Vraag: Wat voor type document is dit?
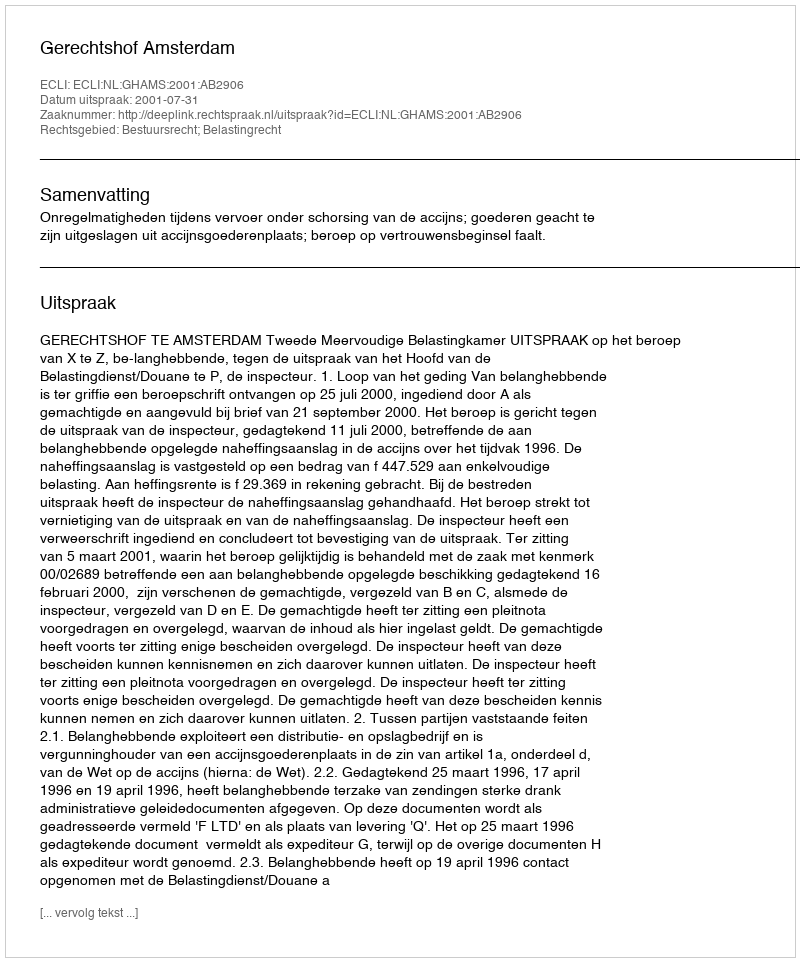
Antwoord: Uitspraak